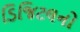
ડિજિટલનો